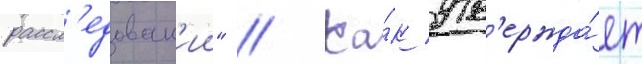
рассл'едован'ии" // Ка́к утв'ержда́ет